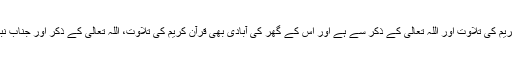
اس لیے کہ انسان کے سینے یعنی دل کی دنیا کی آبادی قرآن کریم کی تلاوت اور اللہ تعالیٰ کے ذکر سے ہے اور اس کے گھر کی آبادی بھی قرآن کریم کی تلاوت، اللہ تعالیٰ کے ذکر اور جناب نبی اکرم صلی اللہ علیہ وسلم پر درود شریف کی کثرت سے ہے۔